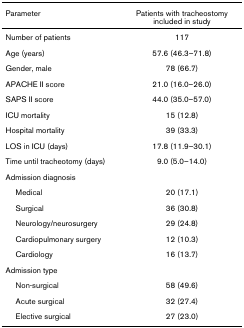
<table><thead><tr><td><b>Parameter</b></td><td><b>Patients with tracheostomy included in study</b></td></tr></thead><tbody><tr><td>Number of patients</td><td>117</td></tr><tr><td>Age (years)</td><td>57.6 (46.3–71.8)</td></tr><tr><td>Gender, male</td><td>78 (66.7)</td></tr><tr><td>APACHE II score</td><td>21.0 (16.0–26.0)</td></tr><tr><td>SAPS II score</td><td>44.0 (35.0–57.0)</td></tr><tr><td>ICU mortality</td><td>15 (12.8)</td></tr><tr><td>Hospital mortality</td><td>39 (33.3)</td></tr><tr><td>LOS in ICU (days)</td><td>17.8 (11.9–30.1)</td></tr><tr><td>Time until tracheotomy (days)</td><td>9.0 (5.0–14.0)</td></tr><tr><td>Admission diagnosis</td><td></td></tr><tr><td> Medical</td><td>20 (17.1)</td></tr><tr><td> Surgical</td><td>36 (30.8)</td></tr><tr><td> Neurology/neurosurgery</td><td>29 (24.8)</td></tr><tr><td> Cardiopulmonary surgery</td><td>12 (10.3)</td></tr><tr><td> Cardiology</td><td>16 (13.7)</td></tr><tr><td>Admission type</td><td></td></tr><tr><td> Non-surgical</td><td>58 (49.6)</td></tr><tr><td> Acute surgical</td><td>32 (27.4)</td></tr><tr><td> Elective surgical</td><td>27 (23.0)</td></tr></tbody></table>